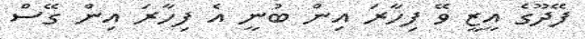
ފޭދޫގެ އީޒީ ވޭ ފިހާރަ އިން ބުނީ އެ ފިހާރަ އިން ގޭސް